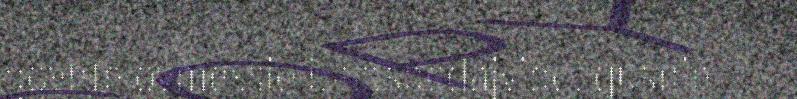
govhte ovmessie båatsoedajvide, gusnie